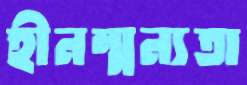
হীনম্মন্যতা